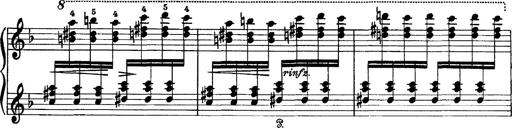
Title: Scherzo und Marsch
Composer: Franz Liszt